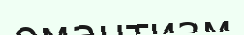
омантизм